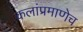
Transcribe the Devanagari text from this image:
कलांप्रमाणेच